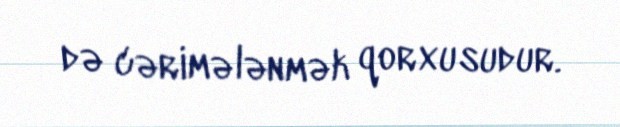
də cərimələnmək qorxusudur.